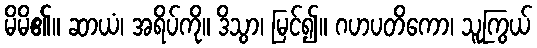
မိမိ၏။ ဆာယံ၊ အရိပ်ကို။ ဒိသွာ၊ မြင်၍။ ဂဟပတိကော၊ သူကြွယ်